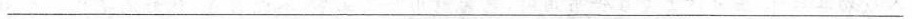
___